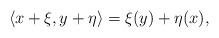
LaTeX: \begin{align*}\langle x+\xi,y+\eta\rangle = \xi(y)+\eta(x),\end{align*}